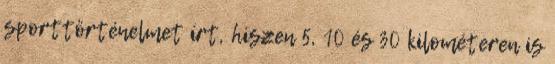
sporttörténelmet írt, hiszen 5, 10 és 30 kilométeren is